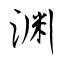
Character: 渊